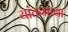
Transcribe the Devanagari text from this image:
यांतनाच्या